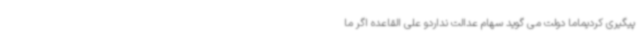
پیگیری کردیماما دولت می گوید سهام عدالت نداردو علی القاعده اگر ما